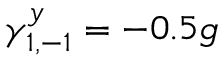
\gamma _ { 1 , - 1 } ^ { y } = - 0 . 5 g